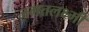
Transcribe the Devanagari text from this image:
जगतलक्ष्मी